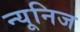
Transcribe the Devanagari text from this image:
न्यूनिज